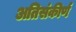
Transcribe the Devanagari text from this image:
अतिसंकीर्ण